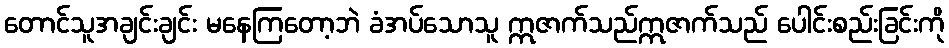
တောင်သူအချင်းချင်း မနေကြတော့ဘဲ ခံအပ်သောသူ ဣဇာက်သည်ဣဇာက်သည် ပေါင်းစည်းခြင်းကို